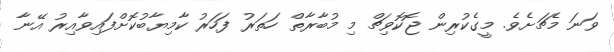
ވަނަ މެޗަށެވެ. މީގެކުރިން ޖޮކޮވިޗް މި މުބާރާތް ހަތަރު ފަހަރު ކާމިޔާބުކޮށްފައިވާއިރު އޭނާ